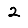
Digit: 2